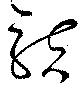
駭